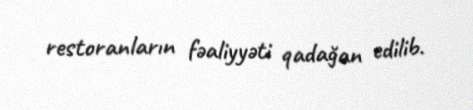
restoranların fəaliyyəti qadağan edilib.